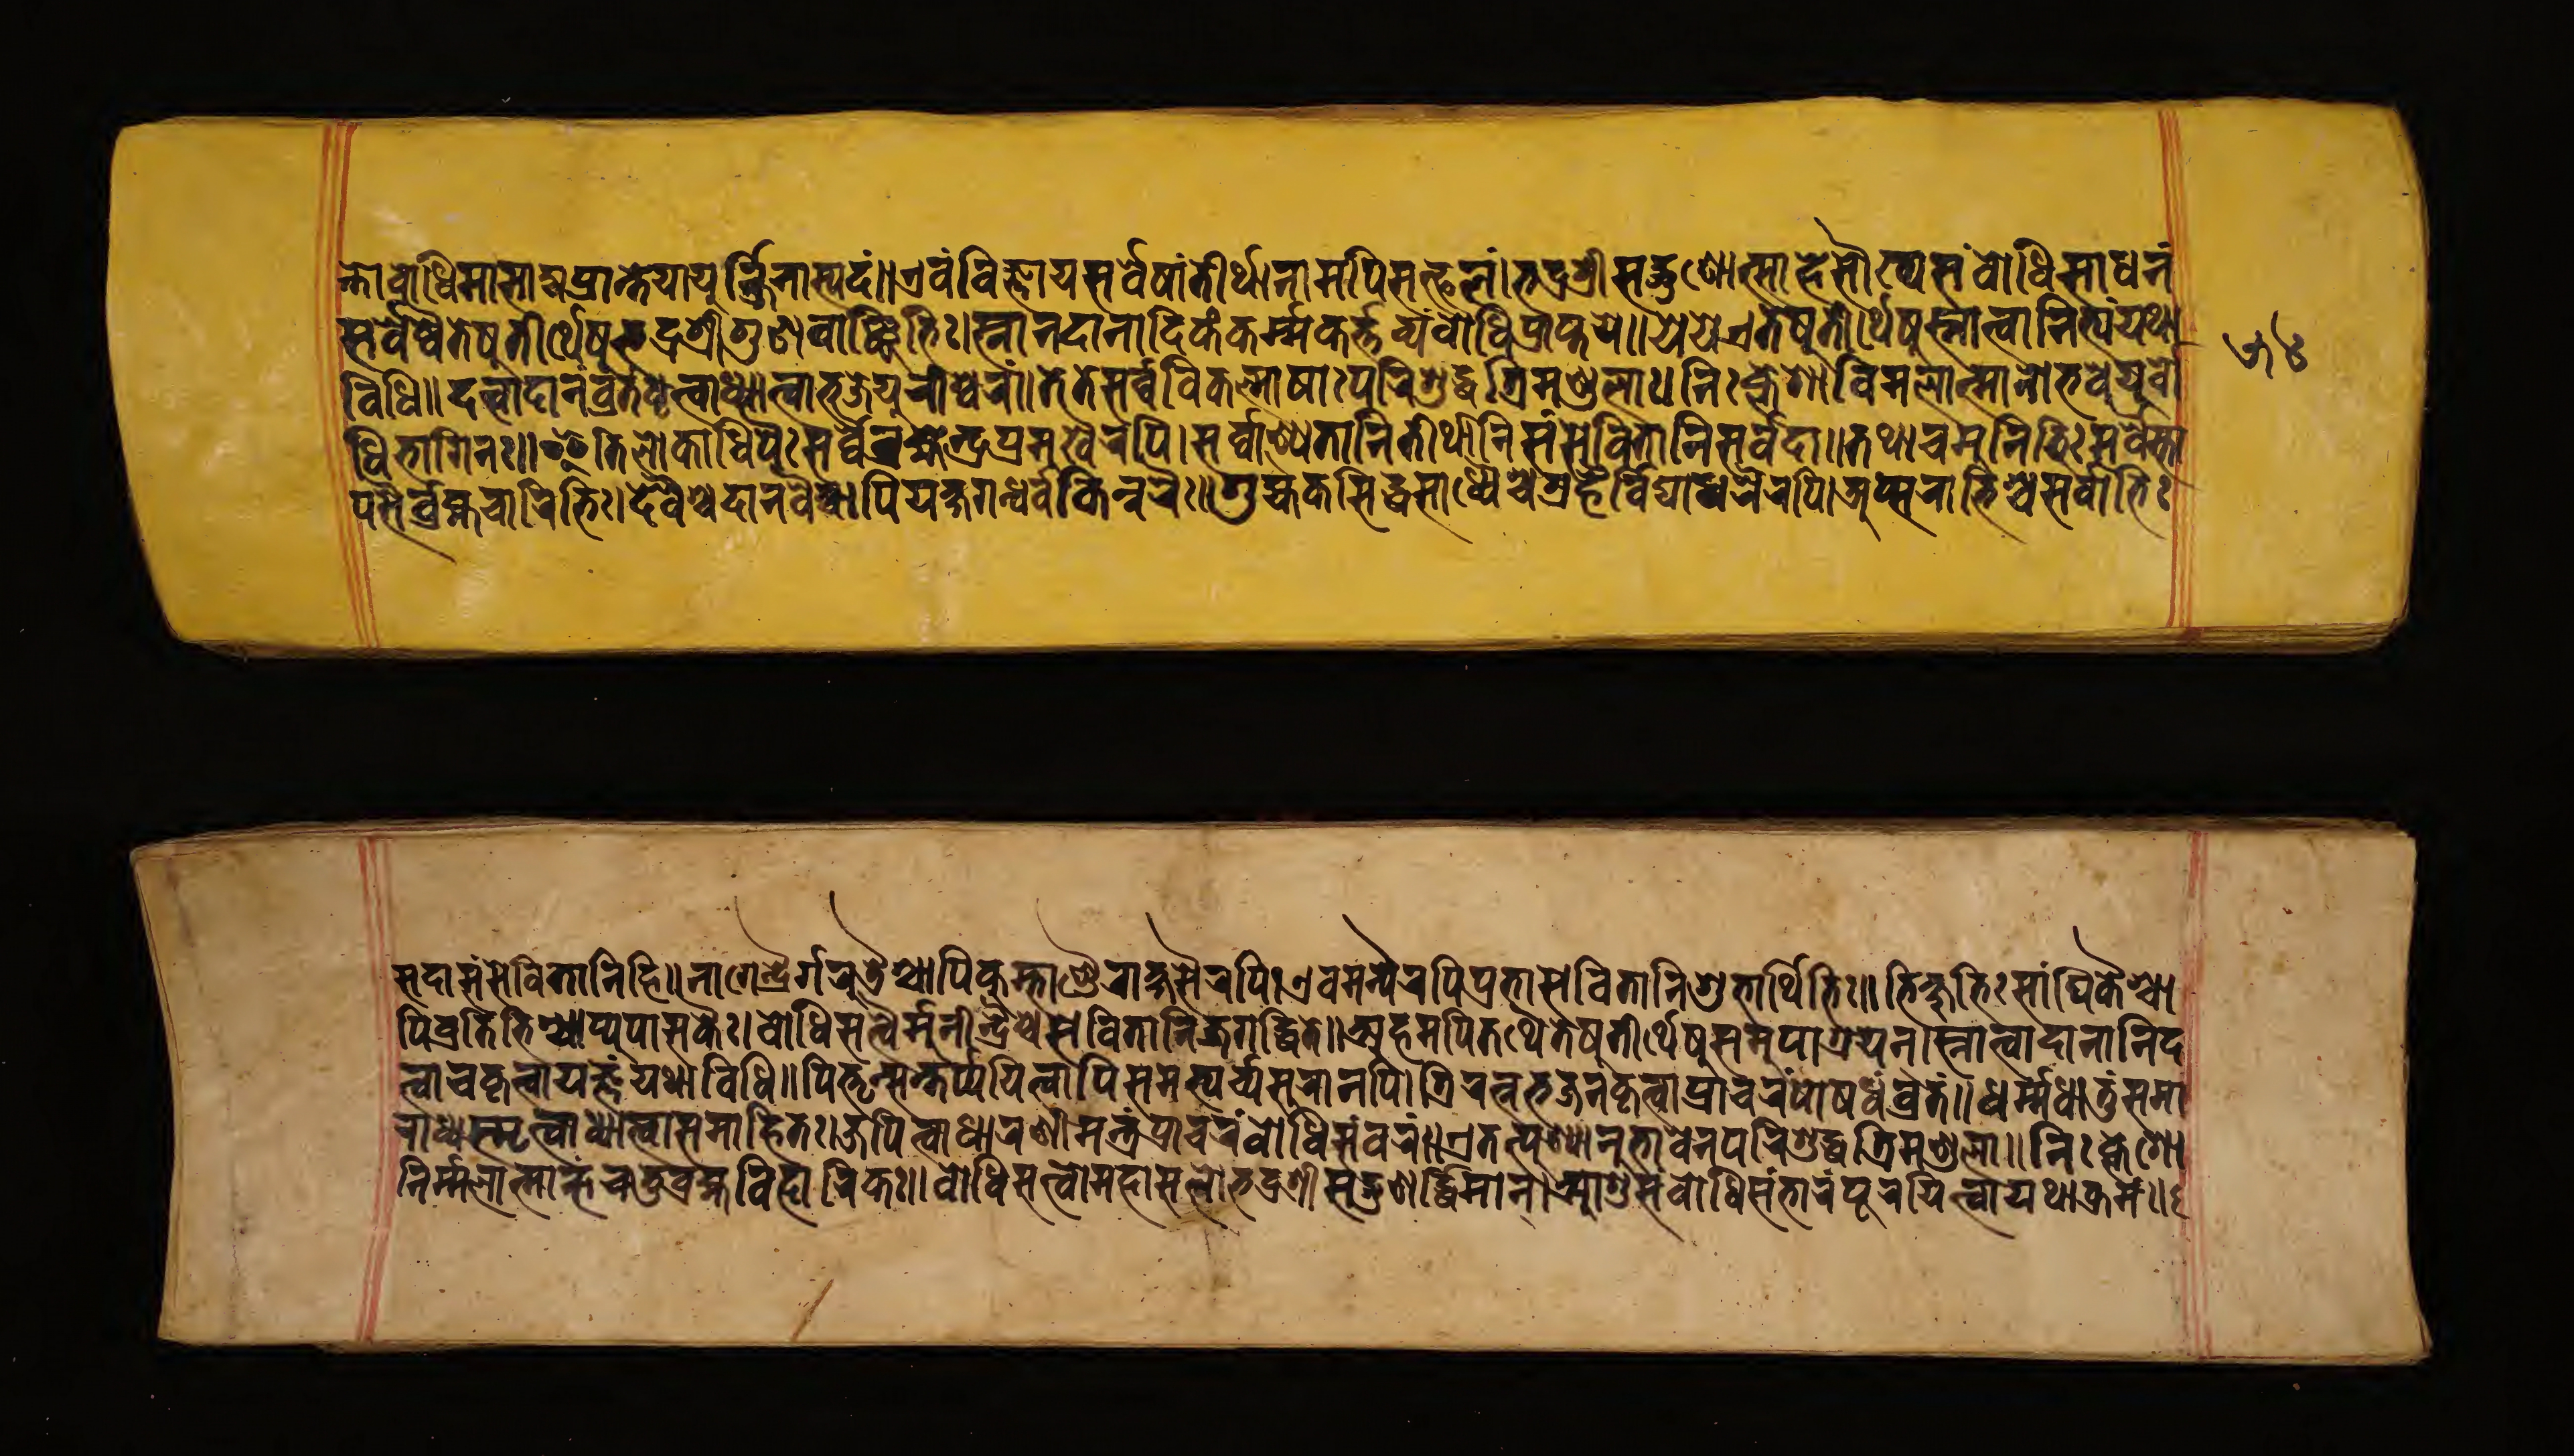
𑐣𑑂𑐟𑐵𑐧𑑀𑐢𑐶𑐩𑐵𑐳𑐵𑐩𑑂𑐫𑐥𑑂𑐬𑐵𑐥𑑂𑐟𑐾𑐫𑐵𑐫𑐹𑐬𑑂𑐖𑐶𑐣𑐵𑐳𑑂𑐫𑐡𑑄॥𑐊𑐰𑑄𑐰𑐶𑐖𑑂𑐘𑐵𑐫𑐳𑐬𑑂𑐰𑐾𑐲𑐵𑑄𑐟𑐷𑐬𑑂𑐠𑐵𑐣𑐵𑐩𑐥𑐶𑐳𑐟𑑂𑐦𑐮𑑄।𑐨𑐡𑑂𑐬𑐱𑑂𑐬𑐷𑐳𑐡𑑂𑐐𑐸𑐞𑐵𑐟𑑂𑐳𑐵𑐴𑑄𑐳𑑁𑐏𑑂𑐫𑐳𑑄𑐧𑑀𑐢𑐶𑐳𑐵𑐢𑐣𑑄 𑐳𑐬𑑂𑐰𑐾𑐲𑑂𑐰𑐾𑐟𑐾𑐲𑐸𑐟𑐷𑐬𑑂𑐠𑐾𑐲𑐸𑐨𑐡𑑂𑐬𑐱𑑂𑐬𑐷𑐐𑐸𑐞𑐰𑐵𑑄𑐕𑐵𑐨𑐶𑑅।𑐳𑑂𑐣𑐵𑐣𑐡𑐵𑐣𑐵𑐡𑐶𑐎𑑄𑐎𑐬𑑂𑐩𑐎𑐬𑑂𑐟𑑂𑐟𑐰𑑂𑐫𑑄𑐧𑑀𑐢𑐶𑐥𑑂𑐬𑐵𑐥𑑂𑐟𑐫𑐾॥𑐫𑐾𑐫𑐾𑐊𑐟𑐾𑐲𑐸𑐟𑐷𑐬𑑂𑐠𑐾𑐲𑐸𑐳𑑂𑐣𑐵𑐟𑑂𑐰𑐵𑐣𑐶𑐟𑑂𑐫𑑄𑐫𑐠𑐵 𑐰𑐶𑐢𑐶𑑅॥𑐡𑐟𑑂𑐰𑐵𑐡𑐵𑐣𑐰𑑂𑐬𑐟𑑄𑐢𑐺𑐟𑑂𑐰𑐵𑐢𑑂𑐫𑐵𑐟𑑂𑐰𑐵𑐨𑐖𑐾𑐫𑐸𑐬𑐷𑐱𑑂𑐰𑐬𑑄॥𑐟𑐾𑐟𑐾𑐳𑐬𑑂𑐰𑐾𑐰𑐶𑐎𑐮𑑂𑐩𑐵𑐲𑐵𑑅𑐥𑐬𑐶𑐱𑐸𑐡𑑂𑐢𑐟𑑂𑐬𑐶𑐩𑐞𑑂𑐜𑐮𑐵𑑅।𑐣𑐶𑑅𑐎𑑂𑐮𑐾𑐱𑐵𑐰𑐶𑐩𑐮𑐵𑐟𑑂𑐩𑐵𑐣𑑀𑐨𑐰𑐾𑐫𑐸𑐬𑑂𑐧𑑀 𑐢𑐶𑐨𑐵𑐐𑐶𑐣𑑅॥𑐂𑐟𑐶𑐮𑑀𑐎𑐵𑐢𑐶𑐥𑐿𑑅𑐳𑐬𑑂𑐰𑐾𑐬𑑂𑐧𑑂𑐬𑐴𑑂𑐩𑐾𑐣𑑂𑐡𑑂𑐬𑐥𑑂𑐬𑐩𑐸𑐏𑐿𑐬𑐥𑐶।𑐳𑐬𑑂𑐰𑐵𑐣𑑂𑐫𑐾𑐟𑐵𑐣𑐶𑐟𑐷𑐬𑑂𑐠𑐵𑐣𑐶𑐳𑑄𑐳𑐾𑐰𑐶𑐟𑐵𑐣𑐶𑐳𑐬𑑂𑐰𑐡𑐵॥𑐟𑐠𑐵𑐔𑐩𑐸𑐣𑐶𑐨𑐶𑑅𑐳𑐬𑑂𑐰𑐾𑐳𑑂𑐟𑐵 𑐥𑐳𑐿𑐬𑑂𑐧𑑂𑐬𑐴𑑂𑐩𑐔𑐵𑐬𑐶𑐨𑐶𑑅।𑐡𑐾𑐰𑐿𑐱𑑂𑐔𑐡𑐵𑐣𑐰𑐿𑐱𑑂𑐔𑐵𑐥𑐶𑐫𑐎𑑂𑐲𑐐𑐣𑑂𑐢𑐬𑑂𑐰𑐎𑐶𑐣𑑂𑐣𑐬𑐿𑑅॥𑐐𑐸𑐴𑑂𑐫𑐎𑐳𑐶𑐡𑑂𑐢𑐳𑐵𑐢𑑂𑐫𑐿𑐱𑑂𑐔𑐐𑑂𑐬𑐴𑐿𑑅𑐰𑐶𑐡𑑂𑐫𑐵𑐢𑐬𑐿𑐬𑐥𑐶।𑐀𑐥𑑂𑐳𑐬𑑀𑐨𑐶𑐱𑑂𑐔𑐳𑐬𑑂𑐰𑐵𑐨𑐶𑑅 𑐳𑐡𑐵𑐳𑑄𑐳𑐾𑐰𑐶𑐟𑐵𑐣𑐶𑐴𑐶॥𑐣𑐵𑐐𑐾𑐣𑑂𑐡𑑂𑐬𑐿𑐬𑑂𑐐𑐬𑐸𑐜𑐿𑐱𑑂𑐔𑐵𑐥𑐶𑐎𑐸𑐩𑑂𑐨𑐵𑐞𑑂𑐜𑐿𑐬𑐵𑐎𑑂𑐲𑐳𑐿𑐬𑐥𑐶।𑐊𑐰𑐩𑐣𑑂𑐫𑐿𑐬𑐥𑑂𑐬𑐶𑐥𑑂𑐬𑐾𑐟𑑂𑐫𑐳𑐾𑐰𑐶𑐟𑐵𑐣𑐶𑐱𑐸𑐨𑐵𑐬𑑂𑐠𑐶𑐨𑐶𑑅॥𑐨𑐶𑐎𑑂𑐲𑐸𑐨𑐶𑑅𑐳𑑄𑐑𑐶𑐎𑐿𑐱𑑂𑐔𑐵 𑐥𑐶𑐰𑑂𑐬𑐟𑐶𑐨𑐶𑐣𑑂𑐫𑐵𑐥𑑂𑐫𑐸𑐥𑐵𑐳𑐎𑐿𑑅।𑐧𑑀𑐢𑐶𑐳𑐟𑑂𑐟𑑂𑐰𑐿𑐬𑑂𑐩𑐸𑐣𑐷𑐣𑑂𑐡𑑂𑐬𑐿𑐱𑑂𑐔𑐳𑐾𑐰𑐶𑐟𑐵𑐣𑐶𑐖𑐐𑐡𑑂𑐢𑐶𑐟𑐾॥𑐀𑐴𑐩𑐥𑐶𑐟𑐠𑐿𑐟𑐾𑐲𑐸𑐟𑐷𑐬𑑂𑐠𑐾𑐲𑐸𑐳𑐩𑐸𑐥𑐵𑐱𑑂𑐬𑐫𑐣𑑂।𑐳𑑂𑐣𑐵𑐟𑑂𑐰𑐵𑐡𑐵𑐣𑐵𑐣𑐶𑐡 𑐟𑑂𑐰𑐵𑐔𑐎𑐺𑐟𑑂𑐰𑐵𑐫𑐖𑑂𑐘𑑄𑐫𑐠𑐵𑐰𑐶𑐢𑐶॥𑐥𑐶𑐟𑐺𑐣𑑂𑐳𑐟𑐬𑑂𑐥𑐫𑐶𑐟𑑂𑐰𑐵𑐥𑐶𑐳𑐩𑐨𑑂𑐫𑐬𑑂𑐔𑑂𑐫𑐳𑐸𑐬𑐵𑐣𑐥𑐶।𑐟𑑂𑐬𑐶𑐬𑐟𑑂𑐣𑐨𑐖𑐣𑑄𑐎𑐺𑐟𑑂𑐰𑐵𑐥𑑂𑐬𑐵𑐔𑐬𑑄𑐥𑑀𑐲𑐢𑐰𑑂𑐬𑑄𑐟𑑄॥𑐢𑐬𑑂𑐩𑑂𑐩𑐢𑐵𑐟𑐸𑑄𑐳𑐩𑐵 𑐬𑐵𑐢𑑂𑐫𑐳𑑂𑐩𑐺𑐟𑑂𑐰𑐵𑐢𑑂𑐫𑐵𑐟𑑂𑐰𑐵𑐳𑐩𑐵𑐴𑐶𑐟𑑅।𑐖𑐥𑐶𑐟𑑂𑐰𑐵𑐢𑐵𑐬𑐞𑐷𑐩𑐣𑑂𑐟𑑂𑐬𑑄𑐥𑑂𑐬𑐔𑐬𑐣𑑂𑐧𑑀𑐢𑐶𑐳𑐩𑑂𑐰𑐬𑑄॥𑐊𑐟𑐟𑑂𑐥𑐸𑐞𑑂𑐫𑐵𑐣𑐸𑐨𑐵𑐰𑐾𑐣𑐥𑐬𑐶𑐱𑐸𑐡𑑂𑐢𑐟𑑂𑐬𑐶𑐩𑐞𑑂𑐜𑐮𑐵॥𑐣𑐶𑑅𑐎𑑂𑐮𑐾𑐱𑑀 𑐣𑐶𑐬𑑂𑐩𑑂𑐩𑐮𑐵𑐟𑑂𑐩𑑀𑐴𑑄𑐔𑐟𑐸𑐬𑑂𑐧𑑂𑐬𑐴𑑂𑐩𑐰𑐶𑐴𑐵𑐬𑐶𑐎𑑅॥𑐧𑑀𑐢𑐶𑐳𑐟𑑂𑐟𑑂𑐰𑐵𑐩𑐴𑐵𑐳𑐟𑑂𑐟𑑂𑐰𑐵𑑅𑐨𑐡𑑂𑐬𑐱𑑂𑐬𑐷𑐳𑐡𑑂𑐐𑐸𑐞𑐵𑐡𑑂𑐢𑐶𑐬𑑂𑐩𑐵𑐣𑑂।𑐁𑐱𑐸𑐳𑑄𑐧𑑀𑐢𑐶𑑄𑐳𑑄𑐨𑐵𑐬𑐥𑐹𑐬𑐫𑐶𑐟𑑂𑐰𑐵𑐫𑐠𑐵𑐎𑑂𑐬𑐩𑑄॥ 𑑕𑑔